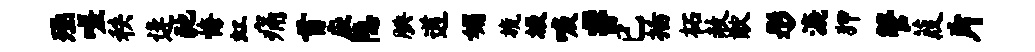
殛嗟秩逄弛悔虹痛首应隐腆遒媚旒圾唳#已插柘赦猷彤漉狎管葭片